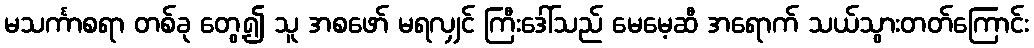
မသင်္ကာစရာ တစ်ခု တွေ့၍ သူ အစဖော် မရလျှင် ကြီးဒေါ်သည် မေမေ့ဆီ အရောက် သယ်သွားတတ်ကြောင်း